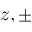
z , \pm